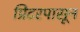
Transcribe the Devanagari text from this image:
प्रिंटरपासून